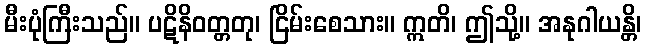
မီးပုံကြီးသည်။ ပဋိနိဝတ္တတု၊ ငြိမ်းစေသား။ ဣတိ၊ ဤသို့။ အနုဂါယန္တိ၊